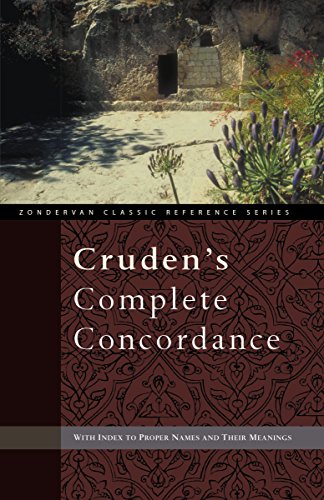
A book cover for Cruden's Complete Concordance (Zondervan Classic Reference Series); Alexander Cruden; Christian Books & Bibles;